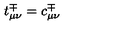
t _ { \mu \nu } ^ { \mp } = c _ { \mu \nu } ^ { \mp }